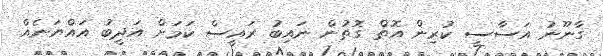
ގާނޫނު އަސާސީ ކުރިން އޮތް ގޮތުން ނައިބު ރައީސް ކަމަށް އަދީބު އައްޔަނެއް